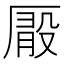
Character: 𠪘